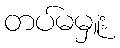
တပ်မမှူး